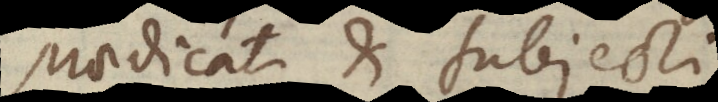
praedicati et subjecti